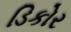
ડિકોર